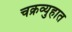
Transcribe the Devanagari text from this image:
चक्रव्युहात